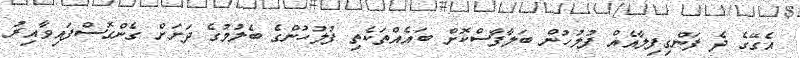
އެގޭގެ ދެ ފަންގިފިލާއެއް ފުލުހުން ބަލާފާސްކޮށް ބައެއްތަކެތި ފުލުހުންގެ ބެލުމުގެ ދަށަށް ގެންގޮސްފައިވާއިރު